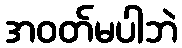
အဝတ်မပါဘဲ